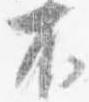
不